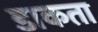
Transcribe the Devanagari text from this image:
डाकता